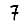
Digit: 7